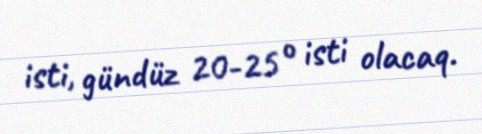
isti, gündüz 20-25° isti olacaq.